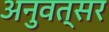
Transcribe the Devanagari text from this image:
अनुवत्सर